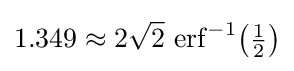
1.349\approx 2{\sqrt {2}}\,\operatorname {erf} ^{-1}\!\left({\tfrac {1}{2}}\right)